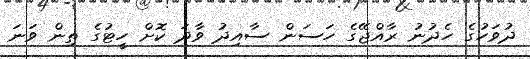
ދުވަހުގެ ހެދުނު ރާއްޖޭގެ ހަސަން ސާއިދު ވާދަ ކޮށް ހީޓުގެ ތިން ވަނަ